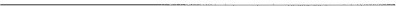
___